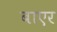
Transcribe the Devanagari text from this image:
बाएर